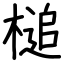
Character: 槌